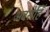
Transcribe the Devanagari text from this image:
अवसेहिँ